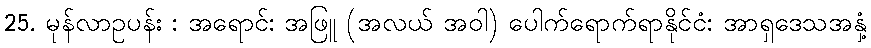
25. မုန်လာဥပန်း : အရောင်: အဖြူ (အလယ် အဝါ) ပေါက်ရောက်ရာနိုင်ငံ: အာရှဒေသအနှံ့